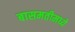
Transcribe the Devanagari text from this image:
बासमतीमध्ये